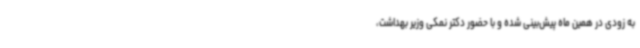
به زودی در همین ماه پیش‌بینی شده و با حضور دکتر نمکی وزیر بهداشت،